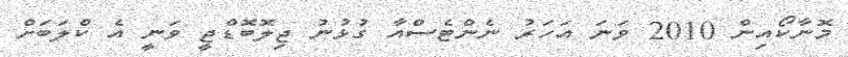
މޮނާކޯއިން 2010 ވަނަ އަހަރު ނެންޓެސްއާ ގުޅުނު ޖިލޮބޮޑްޖީ ވަނީ އެ ކްލަބަށް